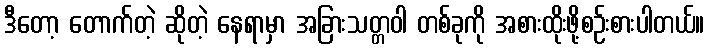
ဒီတော့ တောက်တဲ့ ဆိုတဲ့ နေရာမှာ အခြားသတ္တဝါ တစ်ခုကို အစားထိုးဖို့စဉ်းစားပါတယ်။